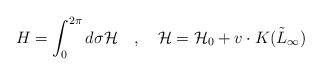
LaTeX: \begin{align*}H=\int_0^{2\pi} d\sigma {\cal H}\quad, \quad{\cal H} = {\cal H}_0 + v \cdot K(\tilde{L}_\infty)\end{align*}